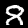
Digit: 8